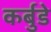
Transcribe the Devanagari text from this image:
कर्बुडे